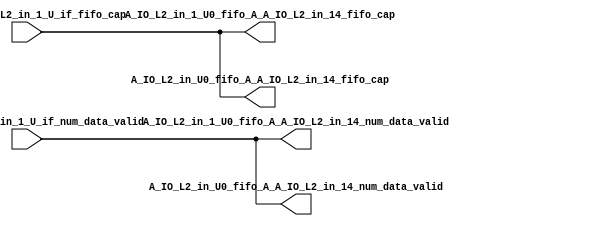
// ==================================================
// RTL generated by RapidStream
//
// Copyright 2024 RapidStream Design Automation, Inc.
// All Rights Reserved.
// ==================================================
`timescale 1 ns / 1 ps
module __rs_kernel3_aux_split_aux_7 #(
    parameter C_S_AXI_CONTROL_DATA_WIDTH  = 32,
    parameter C_S_AXI_CONTROL_ADDR_WIDTH  = 6,
    parameter C_S_AXI_DATA_WIDTH          = 32,
    parameter C_M_AXI_GMEM_A_ID_WIDTH     = 1,
    parameter C_M_AXI_GMEM_A_ADDR_WIDTH   = 64,
    parameter C_M_AXI_GMEM_A_DATA_WIDTH   = 512,
    parameter C_M_AXI_GMEM_A_AWUSER_WIDTH = 1,
    parameter C_M_AXI_GMEM_A_ARUSER_WIDTH = 1,
    parameter C_M_AXI_GMEM_A_WUSER_WIDTH  = 1,
    parameter C_M_AXI_GMEM_A_RUSER_WIDTH  = 1,
    parameter C_M_AXI_GMEM_A_BUSER_WIDTH  = 1,
    parameter C_M_AXI_GMEM_A_USER_VALUE   = 0,
    parameter C_M_AXI_GMEM_A_PROT_VALUE   = 0,
    parameter C_M_AXI_GMEM_A_CACHE_VALUE  = 3,
    parameter C_M_AXI_DATA_WIDTH          = 32,
    parameter C_M_AXI_GMEM_B_ID_WIDTH     = 1,
    parameter C_M_AXI_GMEM_B_ADDR_WIDTH   = 64,
    parameter C_M_AXI_GMEM_B_DATA_WIDTH   = 512,
    parameter C_M_AXI_GMEM_B_AWUSER_WIDTH = 1,
    parameter C_M_AXI_GMEM_B_ARUSER_WIDTH = 1,
    parameter C_M_AXI_GMEM_B_WUSER_WIDTH  = 1,
    parameter C_M_AXI_GMEM_B_RUSER_WIDTH  = 1,
    parameter C_M_AXI_GMEM_B_BUSER_WIDTH  = 1,
    parameter C_M_AXI_GMEM_B_USER_VALUE   = 0,
    parameter C_M_AXI_GMEM_B_PROT_VALUE   = 0,
    parameter C_M_AXI_GMEM_B_CACHE_VALUE  = 3,
    parameter C_M_AXI_GMEM_C_ID_WIDTH     = 1,
    parameter C_M_AXI_GMEM_C_ADDR_WIDTH   = 64,
    parameter C_M_AXI_GMEM_C_DATA_WIDTH   = 512,
    parameter C_M_AXI_GMEM_C_AWUSER_WIDTH = 1,
    parameter C_M_AXI_GMEM_C_ARUSER_WIDTH = 1,
    parameter C_M_AXI_GMEM_C_WUSER_WIDTH  = 1,
    parameter C_M_AXI_GMEM_C_RUSER_WIDTH  = 1,
    parameter C_M_AXI_GMEM_C_BUSER_WIDTH  = 1,
    parameter C_M_AXI_GMEM_C_USER_VALUE   = 0,
    parameter C_M_AXI_GMEM_C_PROT_VALUE   = 0,
    parameter C_M_AXI_GMEM_C_CACHE_VALUE  = 3,
    parameter C_S_AXI_CONTROL_WSTRB_WIDTH = 4,
    parameter C_S_AXI_WSTRB_WIDTH         = 4,
    parameter C_M_AXI_GMEM_A_WSTRB_WIDTH  = 64,
    parameter C_M_AXI_WSTRB_WIDTH         = 4,
    parameter C_M_AXI_GMEM_B_WSTRB_WIDTH  = 64,
    parameter C_M_AXI_GMEM_C_WSTRB_WIDTH  = 64
) (
    output wire [1:0] A_IO_L2_in_1_U0_fifo_A_A_IO_L2_in_14_fifo_cap,
    output wire [1:0] A_IO_L2_in_1_U0_fifo_A_A_IO_L2_in_14_num_data_valid,
    output wire [1:0] A_IO_L2_in_U0_fifo_A_A_IO_L2_in_14_fifo_cap,
    output wire [1:0] A_IO_L2_in_U0_fifo_A_A_IO_L2_in_14_num_data_valid,
    input wire  [1:0] fifo_A_A_IO_L2_in_1_U_if_fifo_cap,
    input wire  [1:0] fifo_A_A_IO_L2_in_1_U_if_num_data_valid
);
assign A_IO_L2_in_1_U0_fifo_A_A_IO_L2_in_14_fifo_cap = fifo_A_A_IO_L2_in_1_U_if_fifo_cap;
assign A_IO_L2_in_1_U0_fifo_A_A_IO_L2_in_14_num_data_valid = fifo_A_A_IO_L2_in_1_U_if_num_data_valid;
assign A_IO_L2_in_U0_fifo_A_A_IO_L2_in_14_fifo_cap = fifo_A_A_IO_L2_in_1_U_if_fifo_cap;
assign A_IO_L2_in_U0_fifo_A_A_IO_L2_in_14_num_data_valid = fifo_A_A_IO_L2_in_1_U_if_num_data_valid;
endmodule